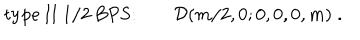
\mathrm { t y p e ~ I I ~ 1 / 2 ~ B P S : } \qquad { \cal D } ( m / 2 , 0 ; 0 , 0 , 0 , m ) \; .